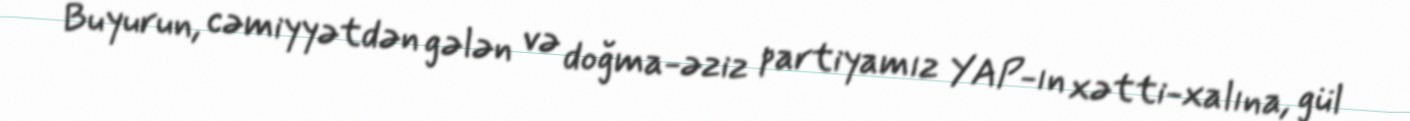
Buyurun, cəmiyyətdən gələn və doğma-əziz partiyamız YAP-ın xətti-xalına, gül